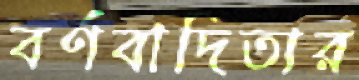
বর্ণবাদিতার